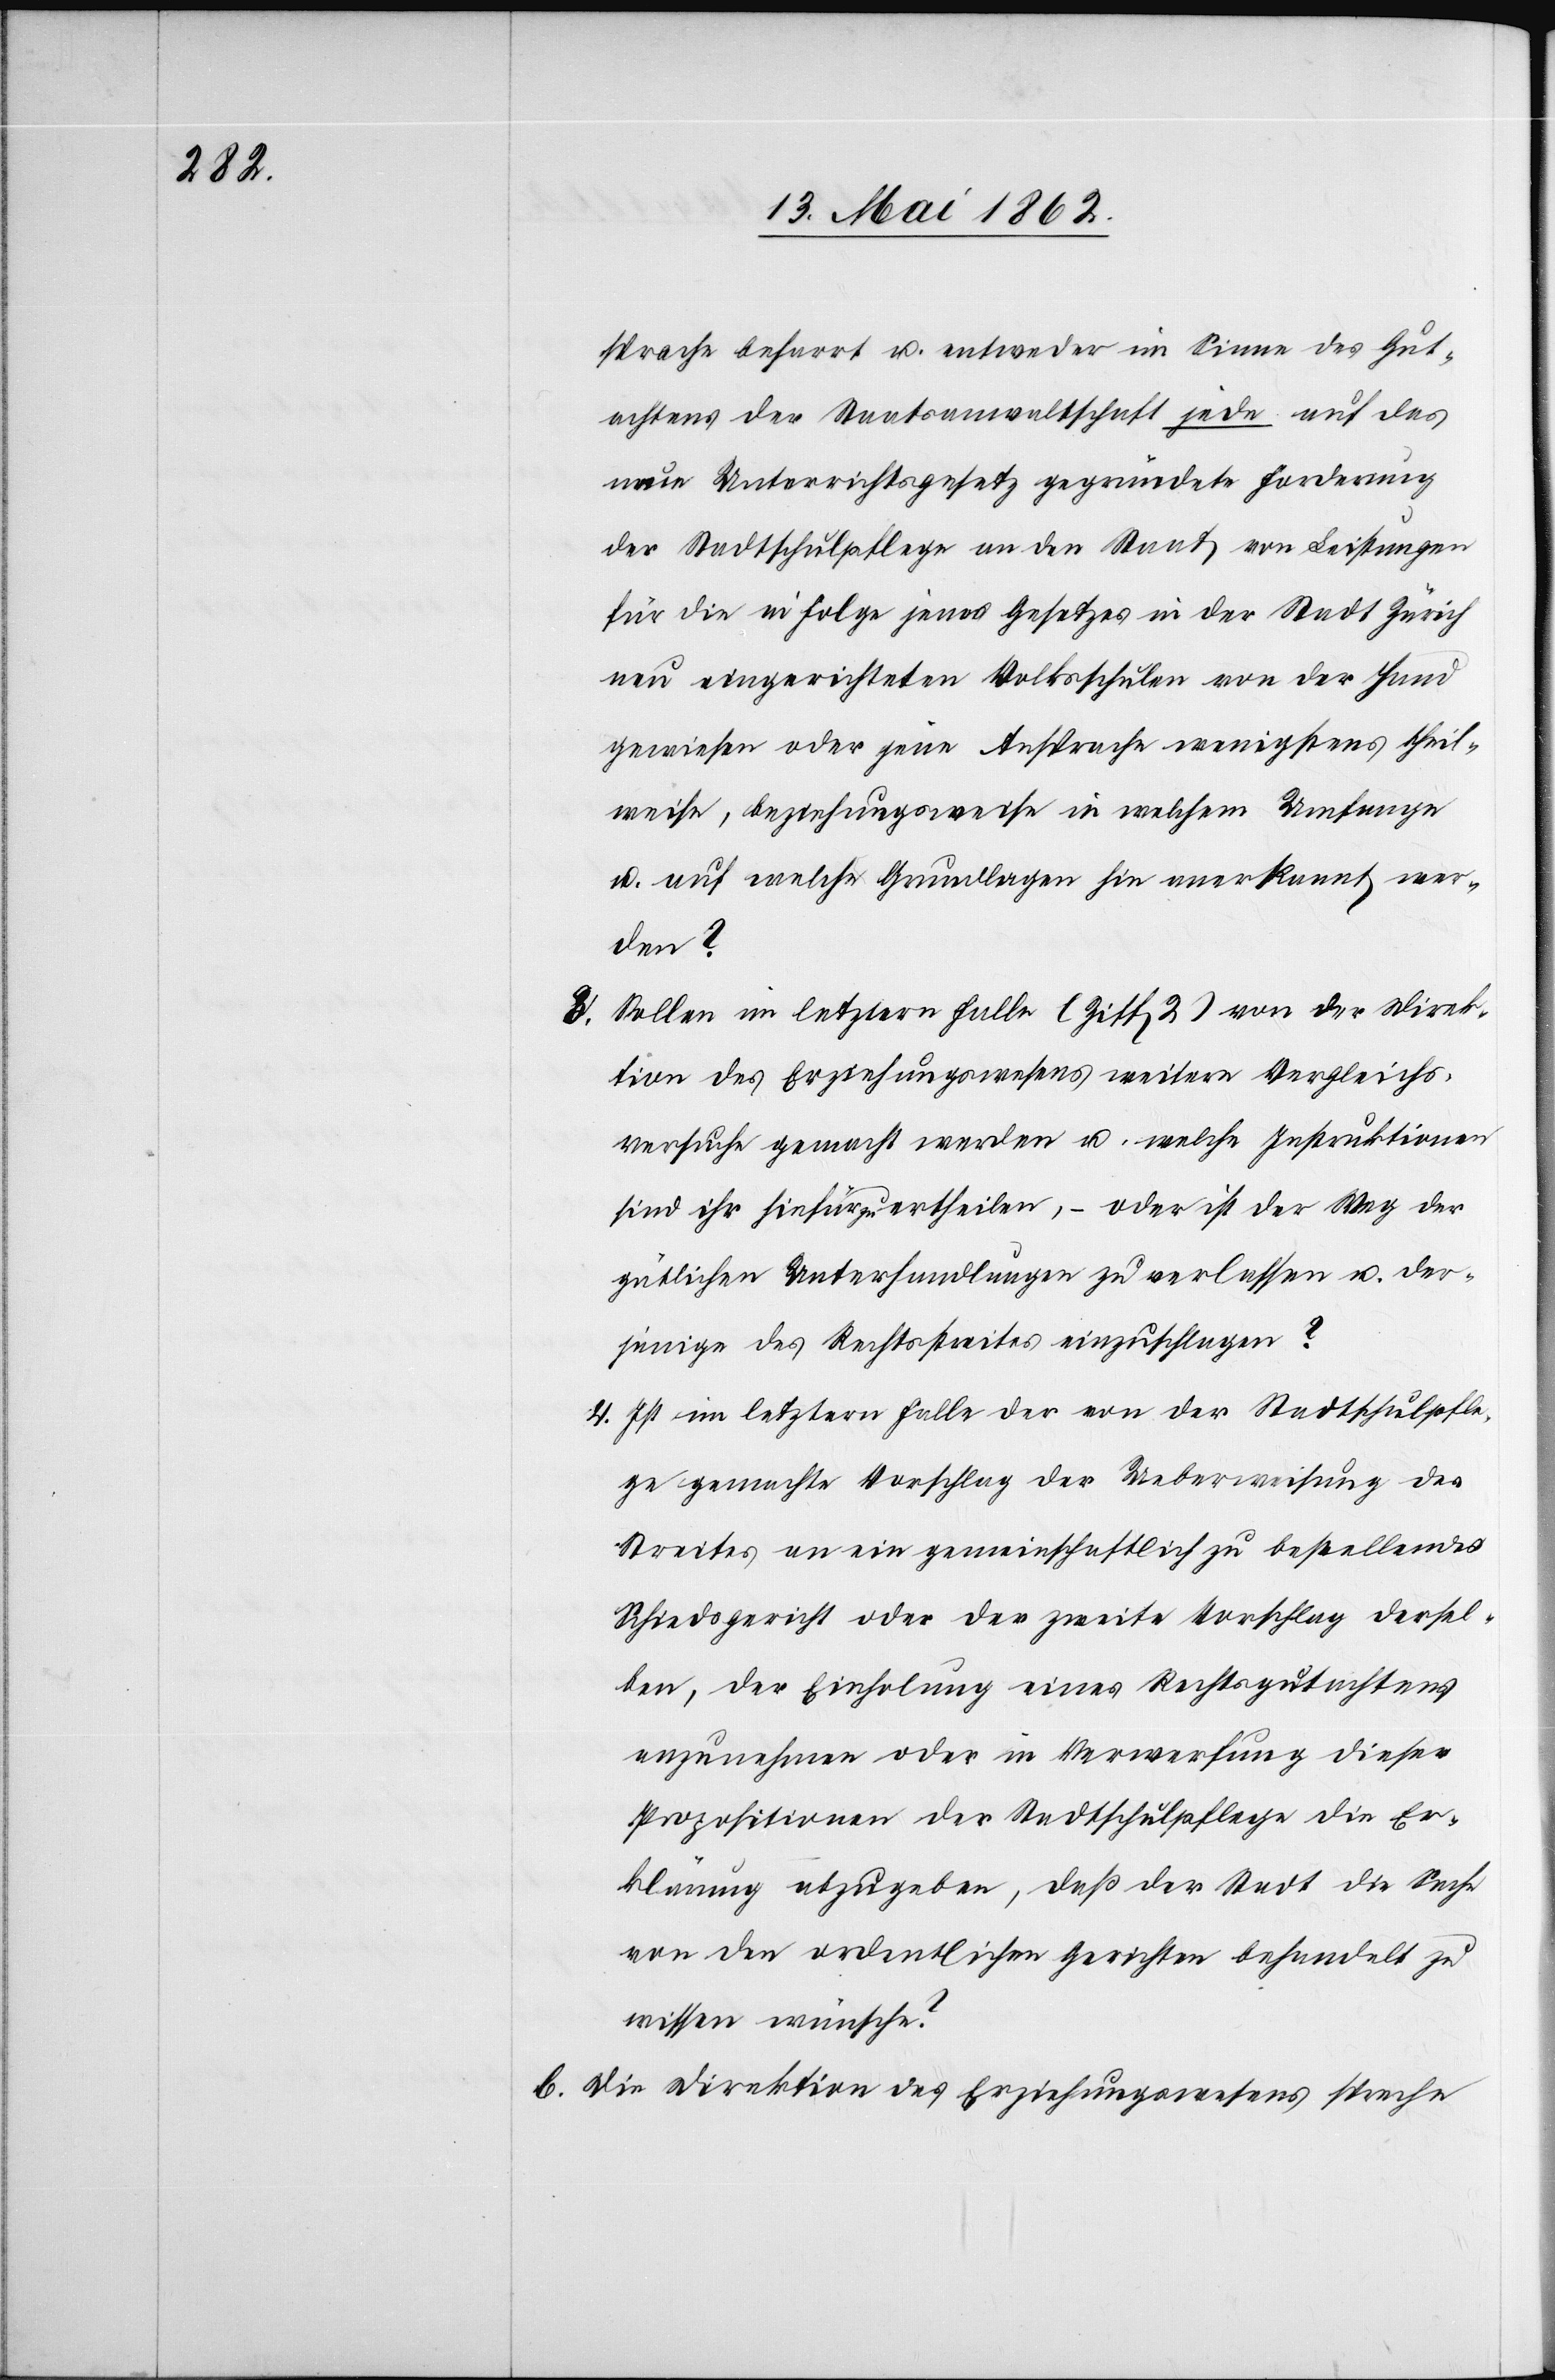
sprache beharrt u. entweder im Sinne des Gut¬
achtens der Staatsanwaltschaft jede auf das
neue Unterrichtsgesetz gegründete Forderung
der Stadtschulpflege an den Staat von Leistungen
für die in Folge jenes Gesetzes in der Stadt Zürich
neu eingerichteten Volksschulen von der Hand
gewiesen oder jene Ansprache wenigstens theil¬
weise, beziehungsweise in welchem Umfange
u. auf welche Grundlagen hin anerkannt wer¬
den?
3. Sollen im letztern Falle (Ziff 2) von der Direk¬
tion des Erziehungswesens weitere Vergleichs¬
versuche gemacht werden u. welche Instruktionen
sind ihr hiefür zu ertheilen, – oder ist der Weg der
gütlichen Unterhandlungen zu verlassen u. der¬
jenige des Rechtsstreites einzuschlagen?
4. Ist im letztern Falle der von der Stadtschulpfle¬
ge gemachte Vorschlag der Ueberweisung des
Streites an ein gemeinschaftlich zu bestellendes
Schiedsgericht oder der zweite Vorschlag dersel¬
ben, der Einholung eines Rechtsgutachtens
anzunehmen oder in Verwerfung dieser
Propositionen der Stadtschulpflege die Er¬
klärung abzugeben, daß der Staat die Sache
von den ordentlichen Gerichten behandelt zu
wissen wünsche?
b. Die Direktion des Erziehungswesens spreche